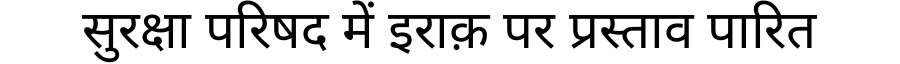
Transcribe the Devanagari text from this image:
सुरक्षा परिषद में इराक़ पर प्रस्ताव पारित